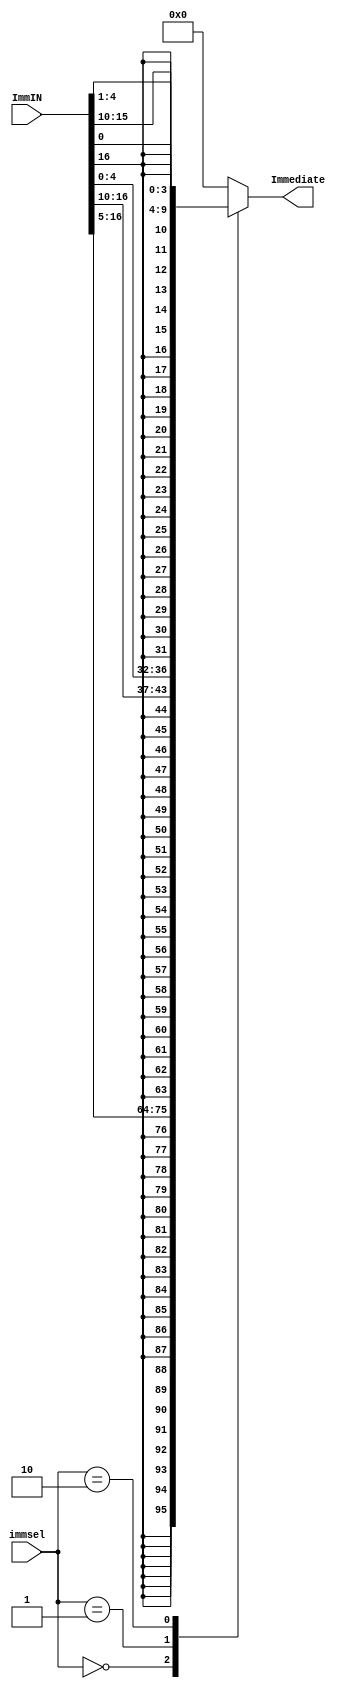
`timescale 1ns / 1ps
//////////////////////////////////////////////////////////////////////////////////
// Module Name: ImGen
// Project Name: Single Cycle Processor
//////////////////////////////////////////////////////////////////////////////////

module ImmGen(
    input [16:0] ImmIN,
    input [1:0] immsel,
    output reg [31:0] Immediate
    );
    
    always @(*)
        case(immsel)
/*Imm & load*/2'b00: Immediate = {{20{ImmIN[16]}},ImmIN[16:5]};
/*Store*/     2'b01: Immediate = {{20{ImmIN[16]}},ImmIN[16:10],ImmIN[4:0]};
/* Branch*/   2'b10: Immediate = {{20{ImmIN[16]}},ImmIN[16],ImmIN[0],ImmIN[15:10],ImmIN[4:1]};
              default: Immediate = 32'd0;
        endcase
endmodule